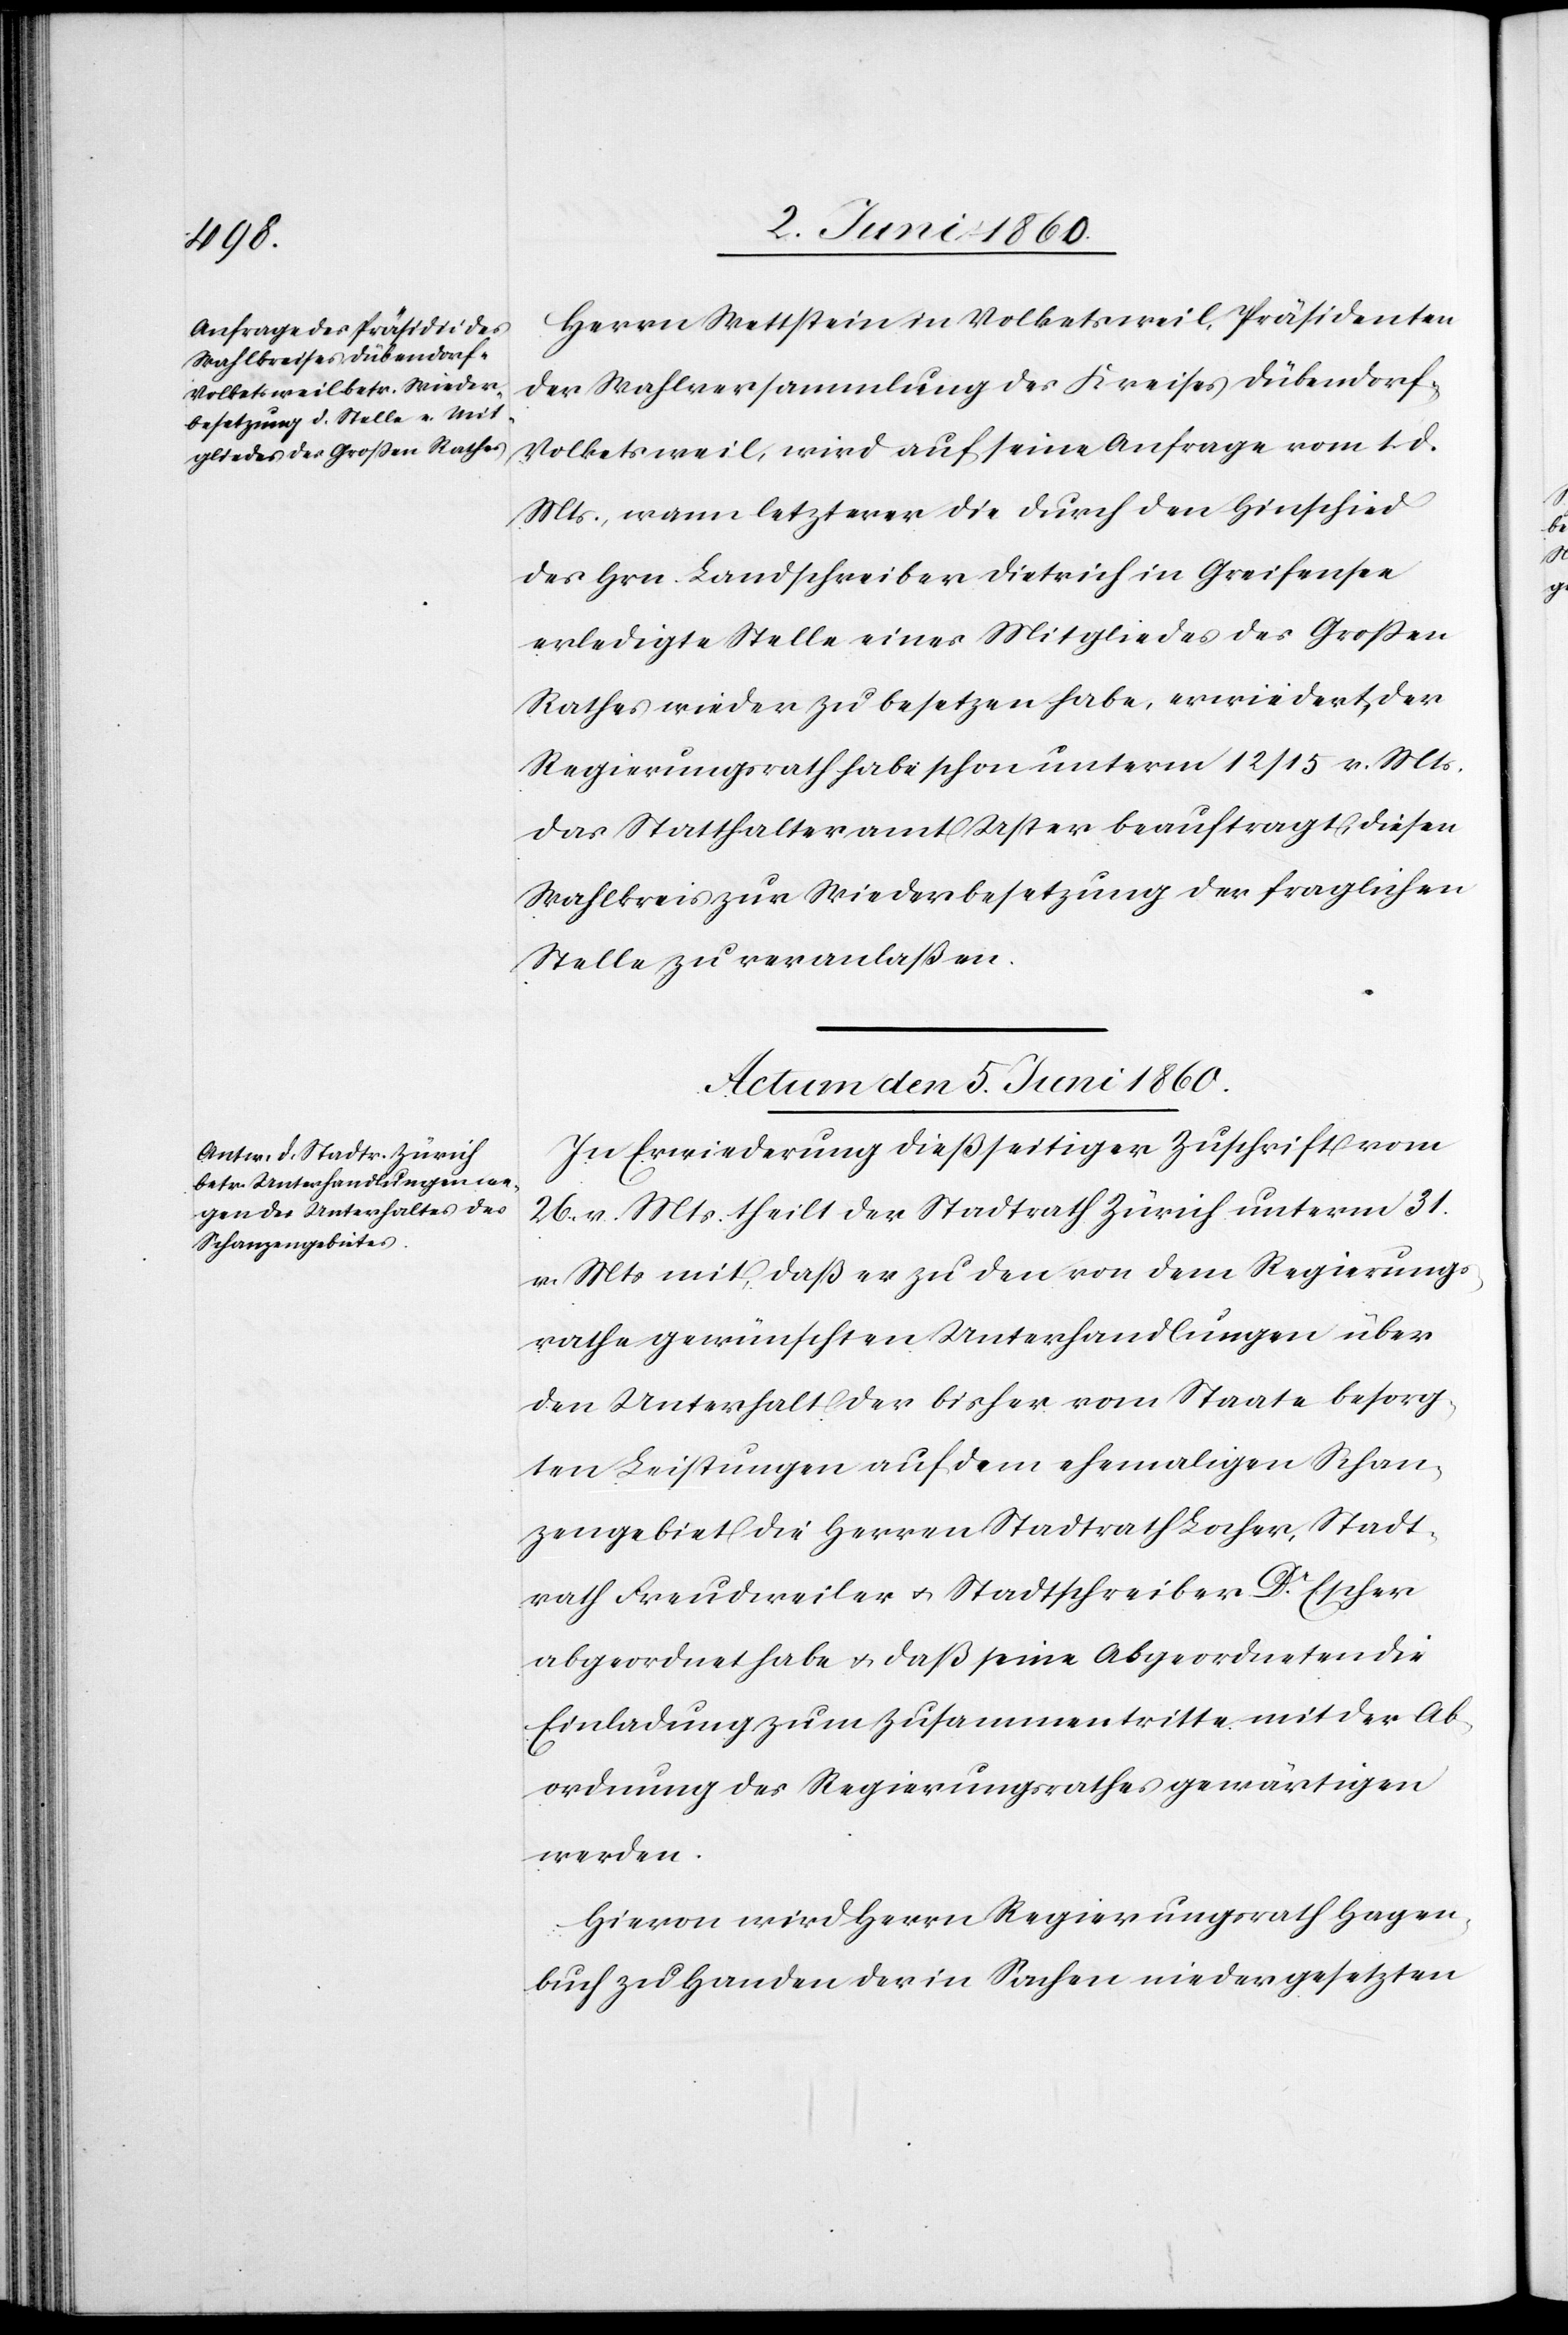
Herrn Wettstein in Volketsweil, Präsidenten
der Wahlversammlung des Kreises Dübendorf-V¬
olketsweil, wird auf seine Anfrage vom 1. d.
Mts., wann letzterer die durch den Hinschied
des Hrn. Landschreiber Dietrich in Greifensee
erledigte Stelle eines Mitgliedes des Grossen
Rathes wieder zu besetzen habe, erwiedert, der
Regierungsrath habe schon unterm 12/15 v. Mts.
das Statthalteramt Uster beauftragt, diesen
Wahlkreis zur Wiederbesetzung der fraglichen
Stelle zu veranlaßen.
Actum den 5. Juni 1860.
In Erwiederung dießseitiger Zuschrift vom
26. v. Mts. theilt der Stadtrath Zürich unterm 31.
v. Mts. mit, daß er zu den von dem Regierungs¬
rathe gewünschten Unterhandlungen über
den Unterhalt der bisher vom Staate besorg¬
ten Leistungen auf dem ehemaligen Schan¬
zegebiet die Herren Stadtrath Locher, Stadt¬
rath Freudweiler u. Stadtschreiber Dr Escher
abgeordnet habe u. daß seine Abgeordneten die
Einladung zum Zusammentritte mit der Ab¬
ordnung des Regierungsrathes gewärtigen
werden.
Hievon wird Herrn Regierungsrath Hagen¬
buch zu Handen der in Sachen niedergesetzten